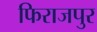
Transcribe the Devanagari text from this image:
फिराजपुर